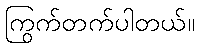
ကြွက်တက်ပါတယ်။